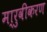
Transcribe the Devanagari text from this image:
मा्रुवीकरण